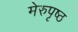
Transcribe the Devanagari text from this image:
मेरुपृष्ठ